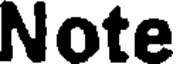
Note